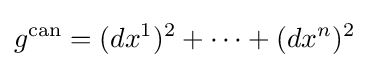
g^{\text{can}}=(dx^{1})^{2}+\cdots +(dx^{n})^{2}